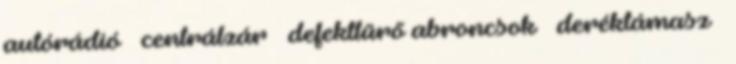
autórádió – centrálzár – defekttűrő abroncsok – deréktámasz –